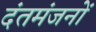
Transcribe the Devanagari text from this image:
दंतमंजनों